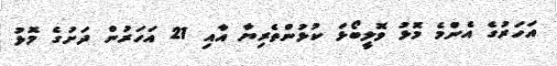
އަހަރުގެ އެންމެ މޮޅު ވޮލީބޯޅަ ކުޅުންތެރިޔާ އާއި 21 އަހަރުން ދަށުގެ މޮޅު